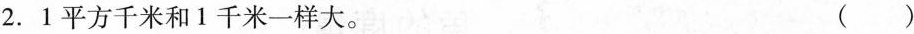
2.1平方千米和1千米一样大。（）